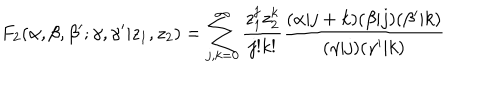
F _ { 2 } ( \alpha , \beta , \beta ^ { \prime } ; \gamma , \gamma ^ { \prime } | z _ { 1 } , z _ { 2 } ) = \sum _ { j , k = 0 } ^ { \infty } \frac { z _ { 1 } ^ { j } z _ { 2 } ^ { k } } { j ! k ! } \frac { ( \alpha | j + k ) ( \beta | j ) ( \beta ^ { \prime } | k ) } { ( \gamma | j ) ( \gamma ^ { \prime } | k ) }